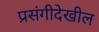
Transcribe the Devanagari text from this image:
प्रसंगीदेखील